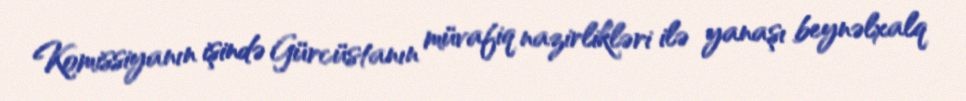
Komissiyanın işində Gürcüstanın müvafiq nazirlikləri ilə yanaşı beynəlxalq